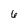
Character: 6